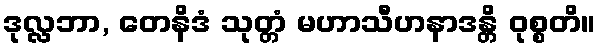
ဒုလ္လဘာ, တေနိဒံ သုတ္တံ မဟာသီဟနာဒန္တိ ဝုစ္စတိ။